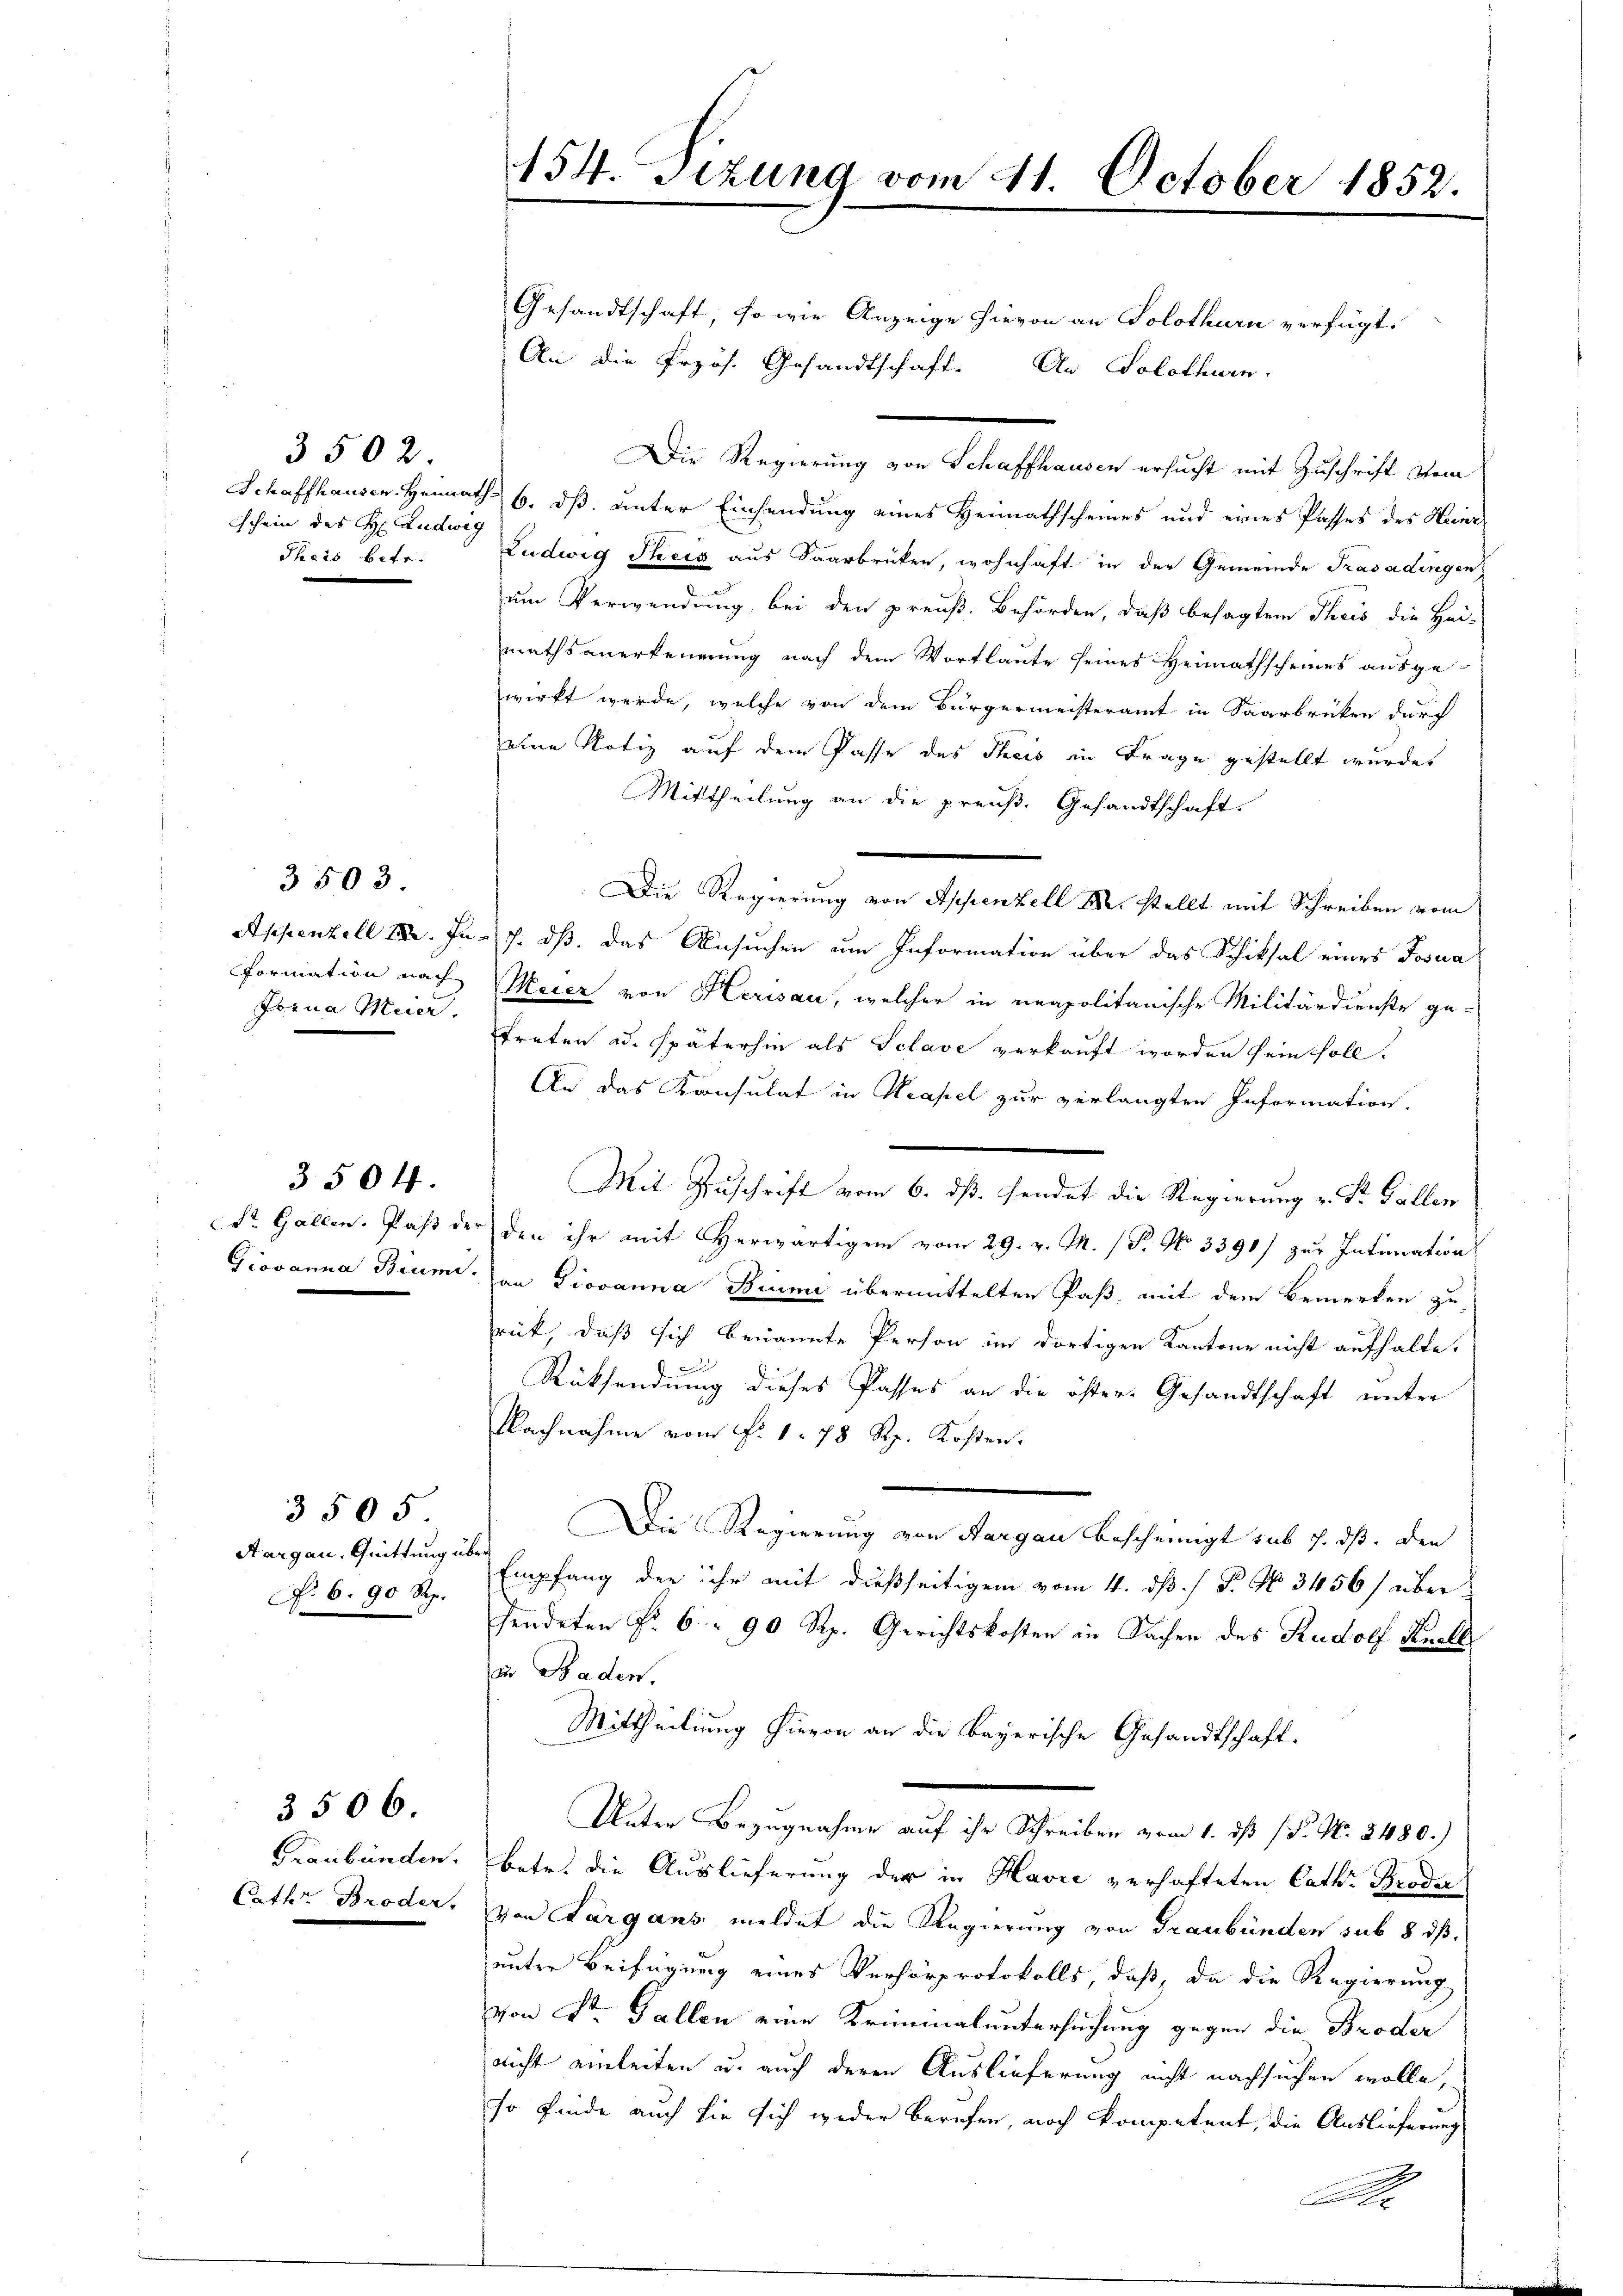
3502.
schein des H. Ludwig
Phais betr.

formation nach
Frena Meier.

3503

St. Gallen. Pass der

3504.

3505
Aargau, Quittung über
No 6. 90 Rp.

Graubünden.
Cath. Broder,

3506.

454. Sizung vom 21. October 1852.

Gesandtschaft, so wie Anzeige hievon an Solothurn verfügt:
An die Przös. Gesandtschaft. An Solothurn.
Die Regierung von Schaffhausen ersucht mit Zuschrift vom
Schaffhausen. Heimaths 6. dß. unter Einsendung eines Heimathscheines und eines Passes des Heinr¬
Ludwig Preis aus Saarbrüken, wohnhaft in der Gemeinde Trasadingen
um Verwendung bei den preuß. Behörden, daß besagtem Theis, die Hei-
mathsanerkennung nach dem Wortlaute seines Heimathscheines ausgewirkt werde, welche von dem Bürgermeisteramt in Saarbrüken durf
eine Notiz auf dem Pässe des Theis in Frage gestellt wurde
Mittheilung an die preuß. Gesandtschaft.
Die Regierung von Appenzell M. stellt mit Schreiben vom
Appenzell I. In J. dß. das Ansuchen um Information über das Schiksal eines Josua
Meier von Herisau, welcher in neapolitanische Militärdienste ge-
treten ad. späterhin als Sclave verkauft worden sein soll.
An das Konsulat in Neapel zur verlangten Information.
den ihr mit Herwärtigen vom 29. v. M. / P. No 3391) zur Intimation
Giovanna Bium: an Giovanna Biume übermittelten Paß, mit dem Bemerken zu
rück, daß sich benannte Person im dortigen Kantone nicht aufhalte.
,
Rücksendung dieses Passes an die öster Gesandtschaft unter
Nachnahme vom N. 1. 78 Rp. Kosten.
Die Regierung von Aargau bescheinigt sub 7. ds. den
Empfang der ihr mit dießseitigem vom 4. dß. / P. No 3456/ übersendeten Fr. 6. 90 Rp. Gerichtskosten in Sachen des Rudolf Knell
un Baden.
Mittheilung hievon an die bayerische Gesandtschaft.
Unter Bezugnahme auf ihr Schreiben vom 1. ds P. Nr. 2480.)
betr. die Auslieferung der in Havre verhafteten Cath. Broder
von Aargans meldet die Regierung von Graubünden sub 8 dß.
unter Beifügung eines Verhörprotokolls, daß, da die Regierung
von Sr. Gallen eine Kriminaluntersuchung gegen die Broder
nicht einleiten u. auch deren Auslieferung nicht nachsuchen wolle,
so finde auch sie sich weder berufen, noch kompetent, die Auslieferung

Mit Zuschrift vom 6. ds. sendet die Regierung d. d. Gallen

.